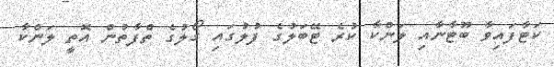
ކަޓާފައިވާ ބޫޓާނާއި ލަންކާ ކުރެ ޓޭބަލުގެ ފުލުގައި ގޯލުގެ ތްފާތުން އޮތީ ލަންކާ